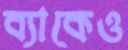
ব্যাকেও